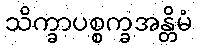
သိက္ခာပစ္စက္ခအန္တိမံ